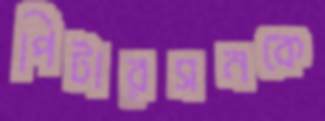
পিটারসনকে